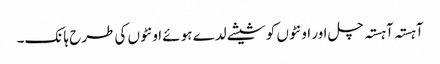
آہستہ آہستہ چل اور اونٹوں کو شیشے لدے ہوئے اونٹوں کی طرح ہانک۔